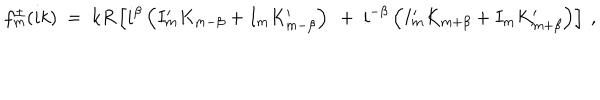
f _ { m } ^ { \pm } ( i k ) \ = \ k R \left[ i ^ { \beta } \left( I _ { m } ^ { \prime } K _ { m - \beta } + I _ { m } K _ { m - \beta } ^ { \prime } \right) \ + \ i ^ { - \beta } \left( I _ { m } ^ { \prime } K _ { m + \beta } + I _ { m } K _ { m + \beta } ^ { \prime } \right) \right] \ ,